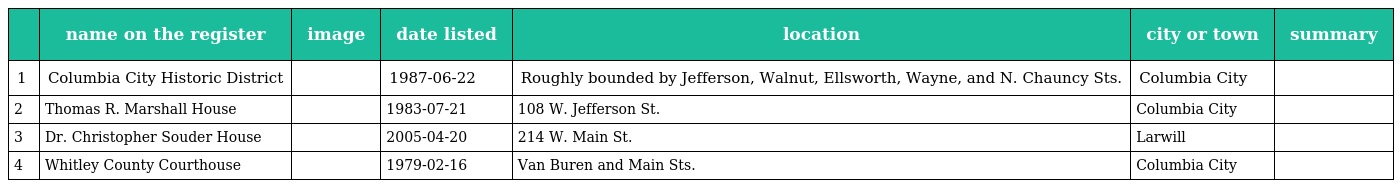
|  | name on the register | image | date listed | location | city or town | summary |
 | --- | --- | --- | --- | --- | --- | --- |
 | 1 | Columbia City Historic District |  | 1987-06-22 | Roughly bounded by Jefferson, Walnut, Ellsworth, Wayne, and N. Chauncy Sts. | Columbia City |  |
 | 2 | Thomas R. Marshall House |  | 1983-07-21 | 108 W. Jefferson St. | Columbia City |  |
 | 3 | Dr. Christopher Souder House |  | 2005-04-20 | 214 W. Main St. | Larwill |  |
 | 4 | Whitley County Courthouse |  | 1979-02-16 | Van Buren and Main Sts. | Columbia City |  |